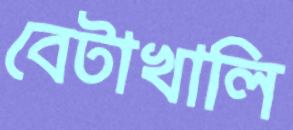
বেটাখালি